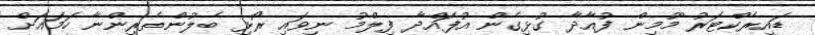
ޑައިރެކްޓަރު މޫމިން ފުއާދާ ގުޅިގެން އުފައްދާ ފިލްމު ނިވައި ރޯޅި ބެލުންތެރިންނާ ހަމައަށް